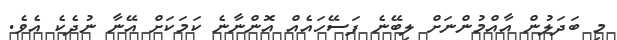
މި ބަދަލުން އާއްމުންނަށް ލިބޭނެ ފަސޭހައެއް އޮންނާނެ ކަމަކަށް އޭނާ ނުދެކެ އެވެ.